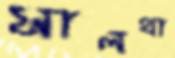
সালথা